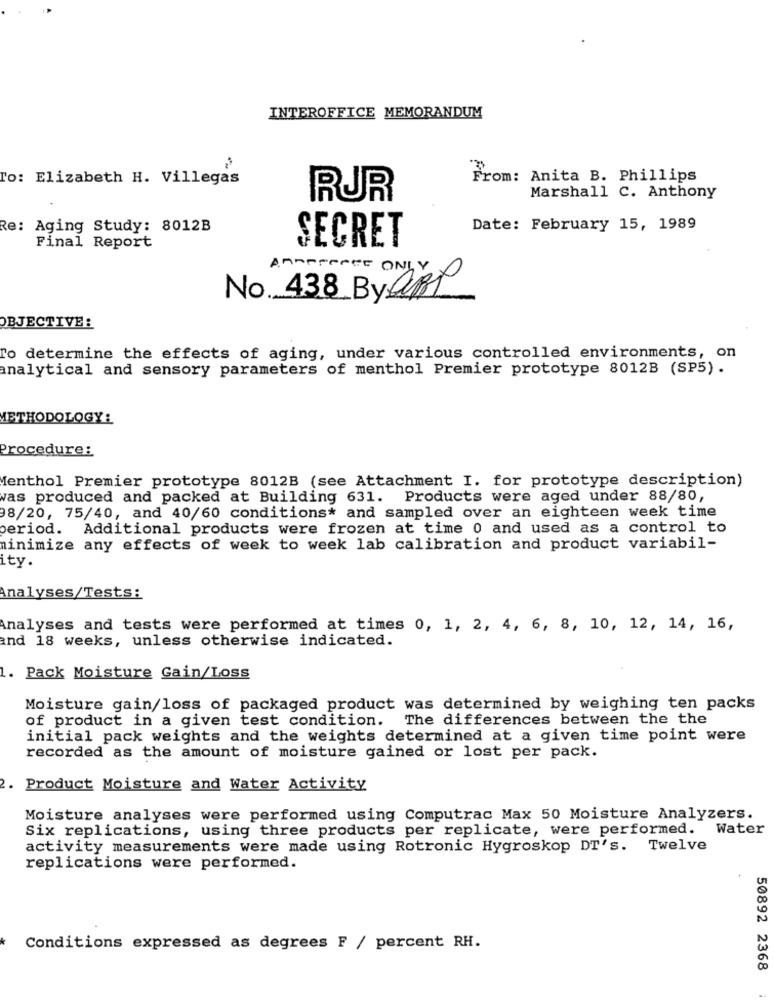
INTEROFFICE MEMORANDUM
To: Elizabeth H. Villegas
From: Anita B. Phillips
RUR
Marshall C. Anthony
Re: Aging Study: 8012B
Date: February 15, 1989
SECRET
Final Report
AMPPPense ONLY
No. 438 By OBP
OBJECTIVE:
To determine the effects of aging, under various controlled environments, on
analytical and sensory parameters of menthol Premier prototype 8012B (SP5).
METHODOLOGY :
Procedure:
Menthol Premier prototype 8012B (see Attachment I. for prototype description)
was produced and packed at Building 631. Products were aged under 88/80,
8/20, 75/40, and 40/60 conditions* and sampled over an eighteen week time
period.
Additional products were frozen at time 0 and used as a control to
minimize any effects of week to week lab calibration and product variabil-
ity.
Analyses/Tests:
Analyses and tests were performed at times 0, 1, 2, 4, 6, 8, 10, 12, 14, 16,
and 18 weeks, unless otherwise indicated.
1. Pack Moisture Gain/Loss
Moisture gain/loss of packaged product was determined by weighing ten packs
of product in a given test condition. The differences between the the
initial pack weights and the weights determined at a given time point were
recorded as the amount of moisture gained or lost per pack.
2. Product Moisture and Water Activity
Moisture analyses were performed using Computrac Max 50 Moisture Analyzers.
Six replications, using three products per replicate, were performed. Water
activity measurements were made using Rotronic Hygroskop DT's.
Twelve
replications were performed.
Conditions expressed as degrees F / percent RH.
50892 2368